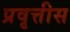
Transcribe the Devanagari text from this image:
प्रवृत्तीस